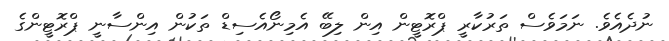
ނުދެއެވެ. ނަމަވެސް ތަރުކާރީ ޕްރޮޓީން އިން ލިބޭ އެމިނޯއެސިޑް ތަކުން އިންސާނީ ޕްރޮޓީންގެ